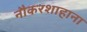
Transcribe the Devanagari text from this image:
नौकरशाहाना